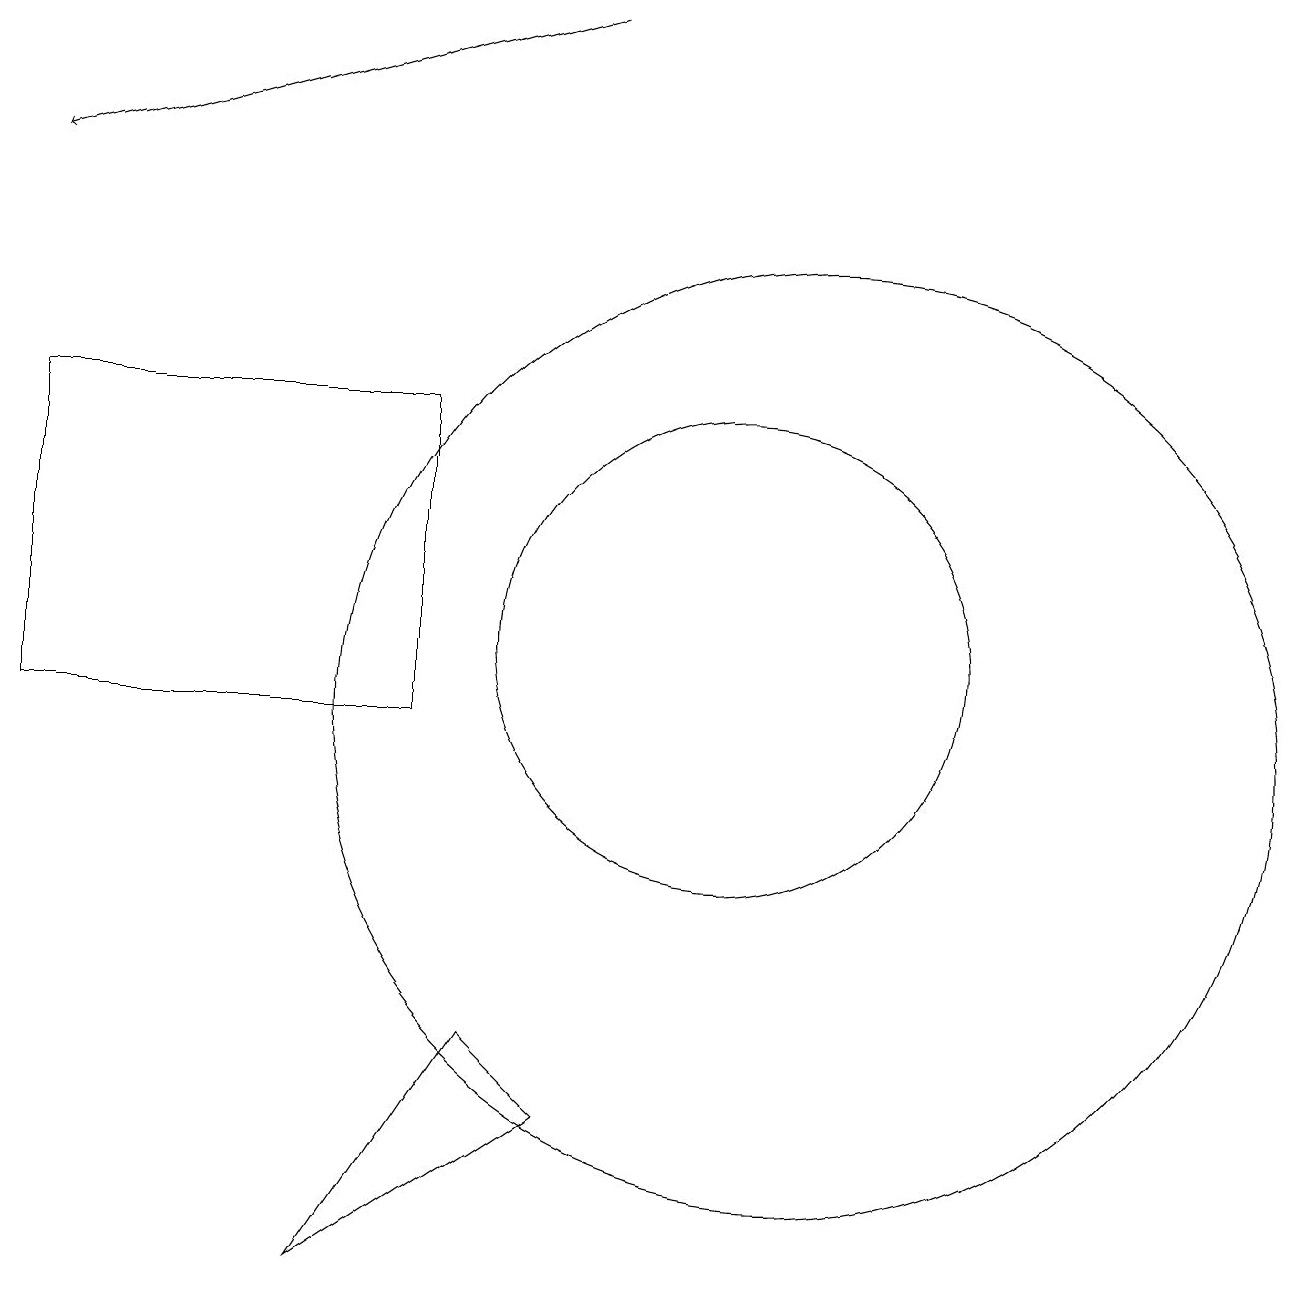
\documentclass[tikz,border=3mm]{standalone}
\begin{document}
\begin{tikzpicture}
\draw (10,11) circle (3);
\draw (1,10) rectangle (6,14);
\draw (11,10) circle (6);
\draw (8,5) -- (5,3) -- (7,6) -- cycle;
\draw[->] (8,19) -- (1,17);
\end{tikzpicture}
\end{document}